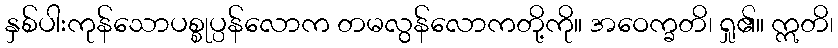
နှစ်ပါးကုန်သောပစ္စုပ္ပန်လောက တမလွန်လောကတို့ကို။ အဝေက္ခတိ၊ ရှု၏။ ဣတိ၊